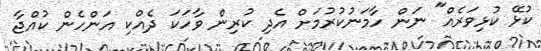
ކުޅޭ ކުޅިވަރެއް" ނަން ހާމަނުކުރުމަށް އެދި ކުރިން ވާހަކަ ދެއްކި އަންހެން ކުއްޖާ